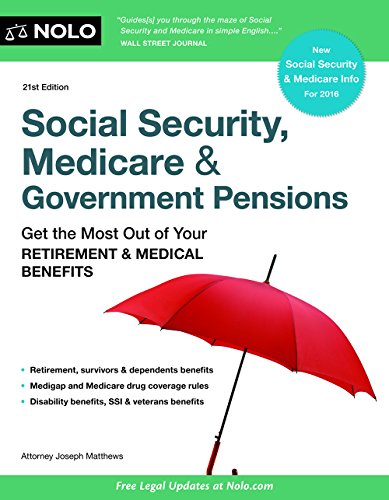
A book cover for Social Security, Medicare and Government Pensions: Get the Most Out of Your Retirement and Medical Benefits (Social Security, Medicare & Government Pensions); Joseph Matthews Attorney; Medical Books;